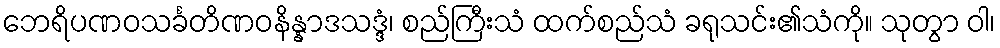
ဘေရိပဏဝသင်္ခတိဏဝနိန္နာဒသဒ္ဒံ၊ စည်ကြီးသံ ထက်စည်သံ ခရုသင်း၏သံကို။ သုတွာ ဝါ၊